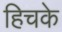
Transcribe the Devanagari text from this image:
हिचके